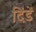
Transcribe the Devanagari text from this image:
दिंडें